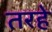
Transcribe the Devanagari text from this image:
तरहे